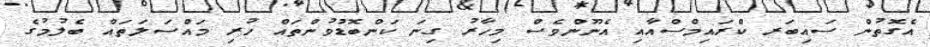
އެގޮތުން ސައިބަރ ކްރައިމްސްއާއި އެނޫންވެސް މިހާރު ގިނަ ކަންބޮޑުވުންތައް ހުރި މައްސަލަތައް ބެލުމުގެ